Civil Veterinary Dept. Bombay admin report 1923-31 - 1923-1931
Year: 1923
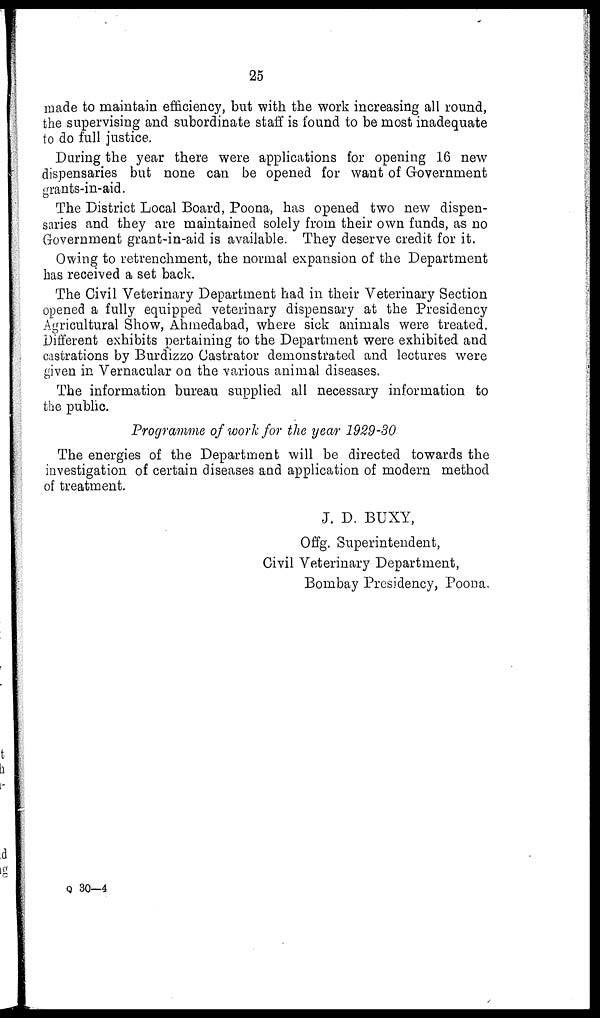
25
made to maintain efficiency, but with the work increasing all round,
the supervising and subordinate staff is found to be most inadequate
to do full justice.
During the year there were applications for opening 16 new
dispensaries but none can be opened for want of Government
grants-in-aid.
The District Local Board, Poona, has opened two new dispen-
saries and they are maintained solely from their own funds, as no
Government grant-in-aid is available. They deserve credit for it.
Owing to retrenchment, the normal expansion of the Department
has received a set back.
The Civil Veterinary Department had in their Veterinary Section
opened a fully equipped veterinary dispensary at the Presidency
Agricultural Show, Ahmedabad, where sick animals were treated.
Different exhibits pertaining to the Department were exhibited and
castrations by Burdizzo Castrator demonstrated and lectures were
given in Vernacular on the various animal diseases.
The information bureau supplied all necessary information to
the public.
Programme of work for the year 1929-30
The energies of the Department will be directed towards the
investigation of certain diseases and application of modern method
of treatment.
J. D. BUXY,
Offg. Superintendent,
Civil Veterinary Department,
Bombay Presidency, Poona.
Q 30—4.